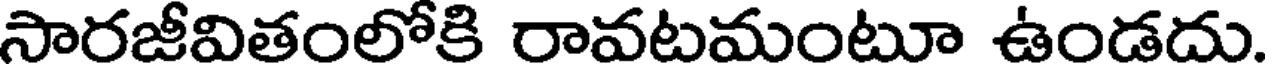
సారజీవితంలోకి రావటమంటూ ఉండదు